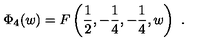
\Phi _ { 4 } ( w ) = F \left( \frac 1 2 , - \frac 1 4 , - \frac 1 4 , w \right) \ .